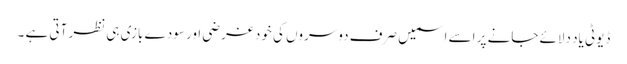
ڈیوٹی یاد دلائے جانے پر اسے اسمیں صرف دوسروں کی خودغرضی اور سودے بازی ہی نظر آتی ہے ۔